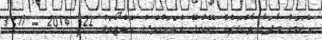
އެކަމަކު މާދަމާ ވާނެގޮތެއް ނޭންގޭ އެކަކަށްވެސް އޮކްޓޯބަރު 22